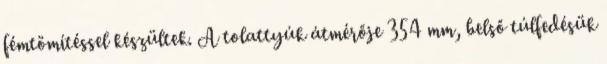
fémtömítéssel készültek. A tolattyúk átmérője 354 mm, belső túlfedésük